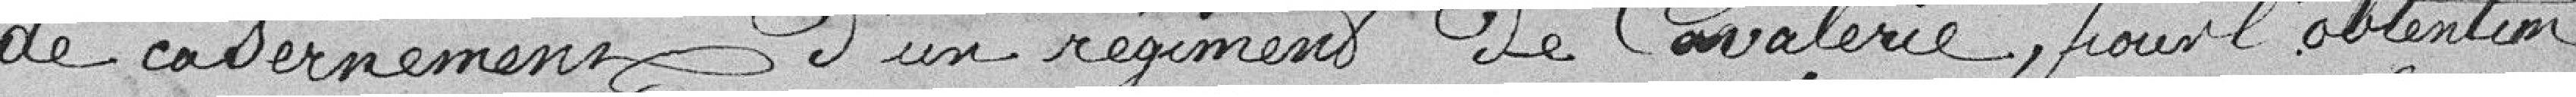
de casernement d'un régiment de Cavalerie, pour l'obtention